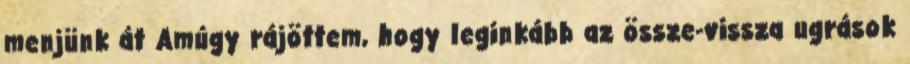
menjünk át Amúgy rájöttem, hogy leginkább az össze-vissza ugrások